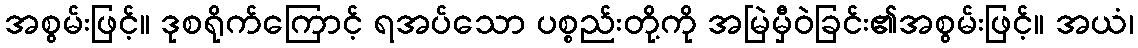
အစွမ်းဖြင့်။ ဒုစရိုက်ကြောင့် ရအပ်သော ပစ္စည်းတို့ကို အမြဲမှီဝဲခြင်း၏အစွမ်းဖြင့်။ အယံ၊